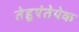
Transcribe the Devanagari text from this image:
तेहुएंतेपेक